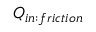
Q _ { i n : f r i c t i o n }